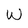
Character: W